Annual report of the Punjab Veterinary College and of the Civil Veterinary Department, Punjab - 1920-1925
Year: 1920
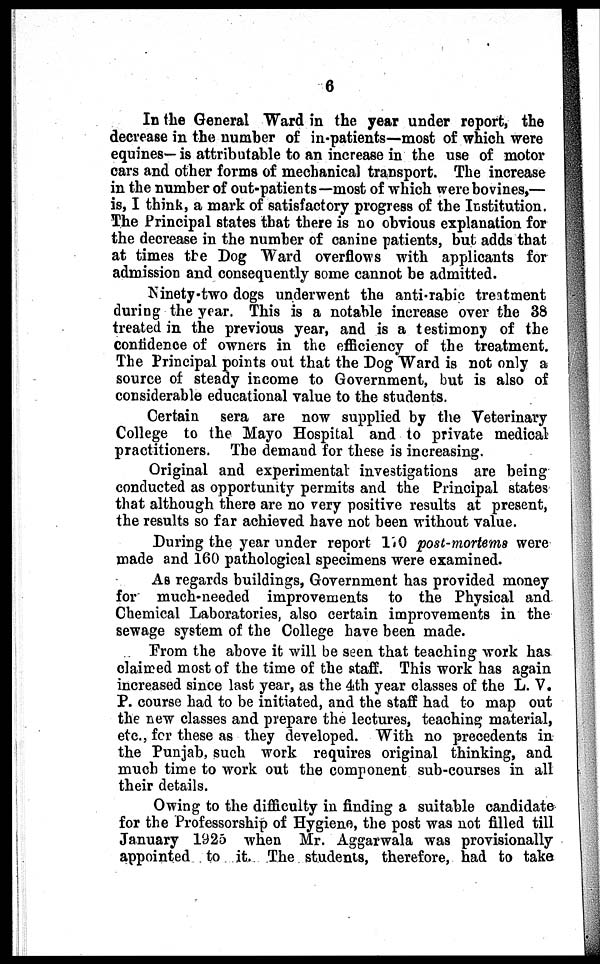
6
In the General Ward in the year under report, the
decrease in the number of in-patients—most of which were
equines—is attributable to an increase in the use of motor
cars and other forms of mechanical transport. The increase
in the number of out-patients—most of which were bovines,—
is, I think, a mark of satisfactory progress of the Institution.
The Principal states that there is no obvious explanation for
the decrease in the number of canine patients, but adds that
at times the Dog Ward overflows with applicants for
admission and consequently some cannot be admitted.
Ninety-two dogs underwent the anti-rabic treatment
during the year. This is a notable increase over the 38
treated in the previous year, and is a testimony of the
confidence of owners in the efficiency of the treatment.
The Principal points out that the Dog Ward is not only a
source of steady income to Government, but is also of
considerable educational value to the students.
Certain sera are now supplied by the Veterinary
College to the Mayo Hospital and to private medical
practitioners. The demand for these is increasing.
Original and experimental investigations are being
conducted as opportunity permits and the Principal states
that although there are no very positive results at present,
the results so far achieved have not been without value.
During the year under report 170 post-mortems were
made and 160 pathological specimens were examined.
As regards buildings, Government has provided money
for much-needed improvements to the Physical and
Chemical Laboratories, also certain improvements in the
sewage system of the College have been made.
From the above it will be seen that teaching work has-
claimed most of the time of the staff. This work has again
increased since last year, as the 4th year classes of the L. V.
P. course had to be initiated, and the staff had to map out
the new classes and prepare the lectures, teaching material,
etc., for these as they developed. With no precedents in
the Punjab, such work requires original thinking, and
much time to work out the component sub-courses in all
their details.
Owing to the difficulty in finding a suitable candidate
for the Professorship of Hygiene, the post was not filled till
January 1925 when Mr. Aggarwala was provisionally
appointed to it. The students, therefore, had to take